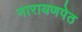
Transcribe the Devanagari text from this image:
नारायणपेठ